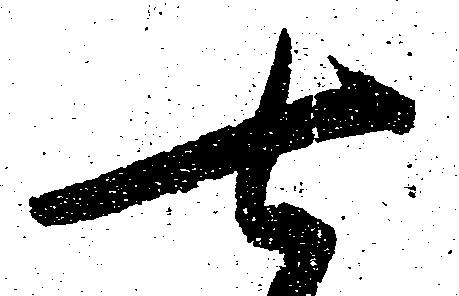
七